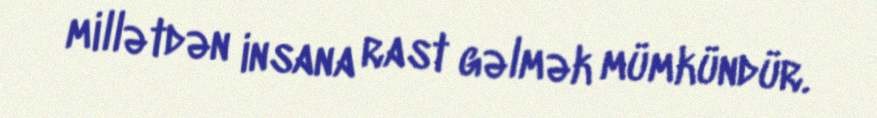
millətdən insana rast gəlmək mümkündür.